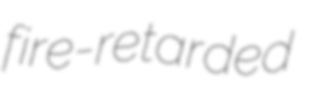
fire-retarded